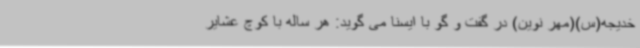
خدیجه(س)(مهر نوین) در گفت و گو با ایسنا می گوید: هر ساله با کوچ عشایر